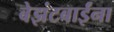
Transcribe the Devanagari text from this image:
बेझंटबाईंना